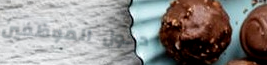
دخول الموظفين